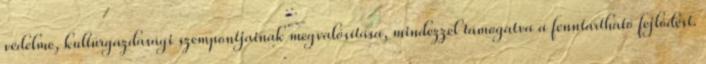
védelme, kultúrgazdasági szempontjainak megvalósítása, mindezzel támogatva a fenntartható fejlődést.